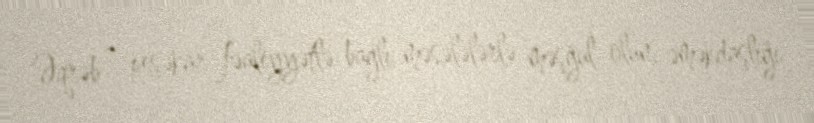
Əqrəb – peşəkar fəaliyyətlə bağlı məsələlərlə məşğul olun, əməkdaşlığı